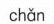
chǎn